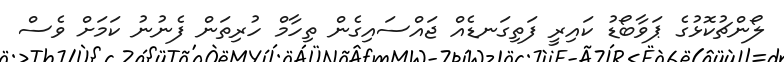
ލޯންޗުކޮޅުގެ ޕަވާބޯޑު ކައިރީ ފަތިގަނޑެއް ޖައްސައިގެން ތިހާމް ހުރިތަން ފެނުނު ކަމަށް ވެސް